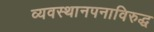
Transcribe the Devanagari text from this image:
व्यवस्थानपनाविरुद्ध